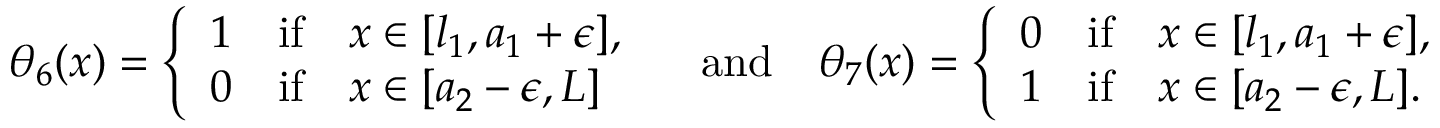
\theta _ { 6 } ( x ) = \left\{ \begin{array} { l l l } { 1 } & { \mathrm { i f } } & { x \in [ l _ { 1 } , a _ { 1 } + \epsilon ] , } \\ { 0 } & { \mathrm { i f } } & { x \in [ a _ { 2 } - \epsilon , L ] } \end{array} \right. \quad \mathrm { a n d } \quad \theta _ { 7 } ( x ) = \left\{ \begin{array} { l l l } { 0 } & { \mathrm { i f } } & { x \in [ l _ { 1 } , a _ { 1 } + \epsilon ] , } \\ { 1 } & { \mathrm { i f } } & { x \in [ a _ { 2 } - \epsilon , L ] . } \end{array} \right.